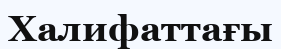
Халифаттағы